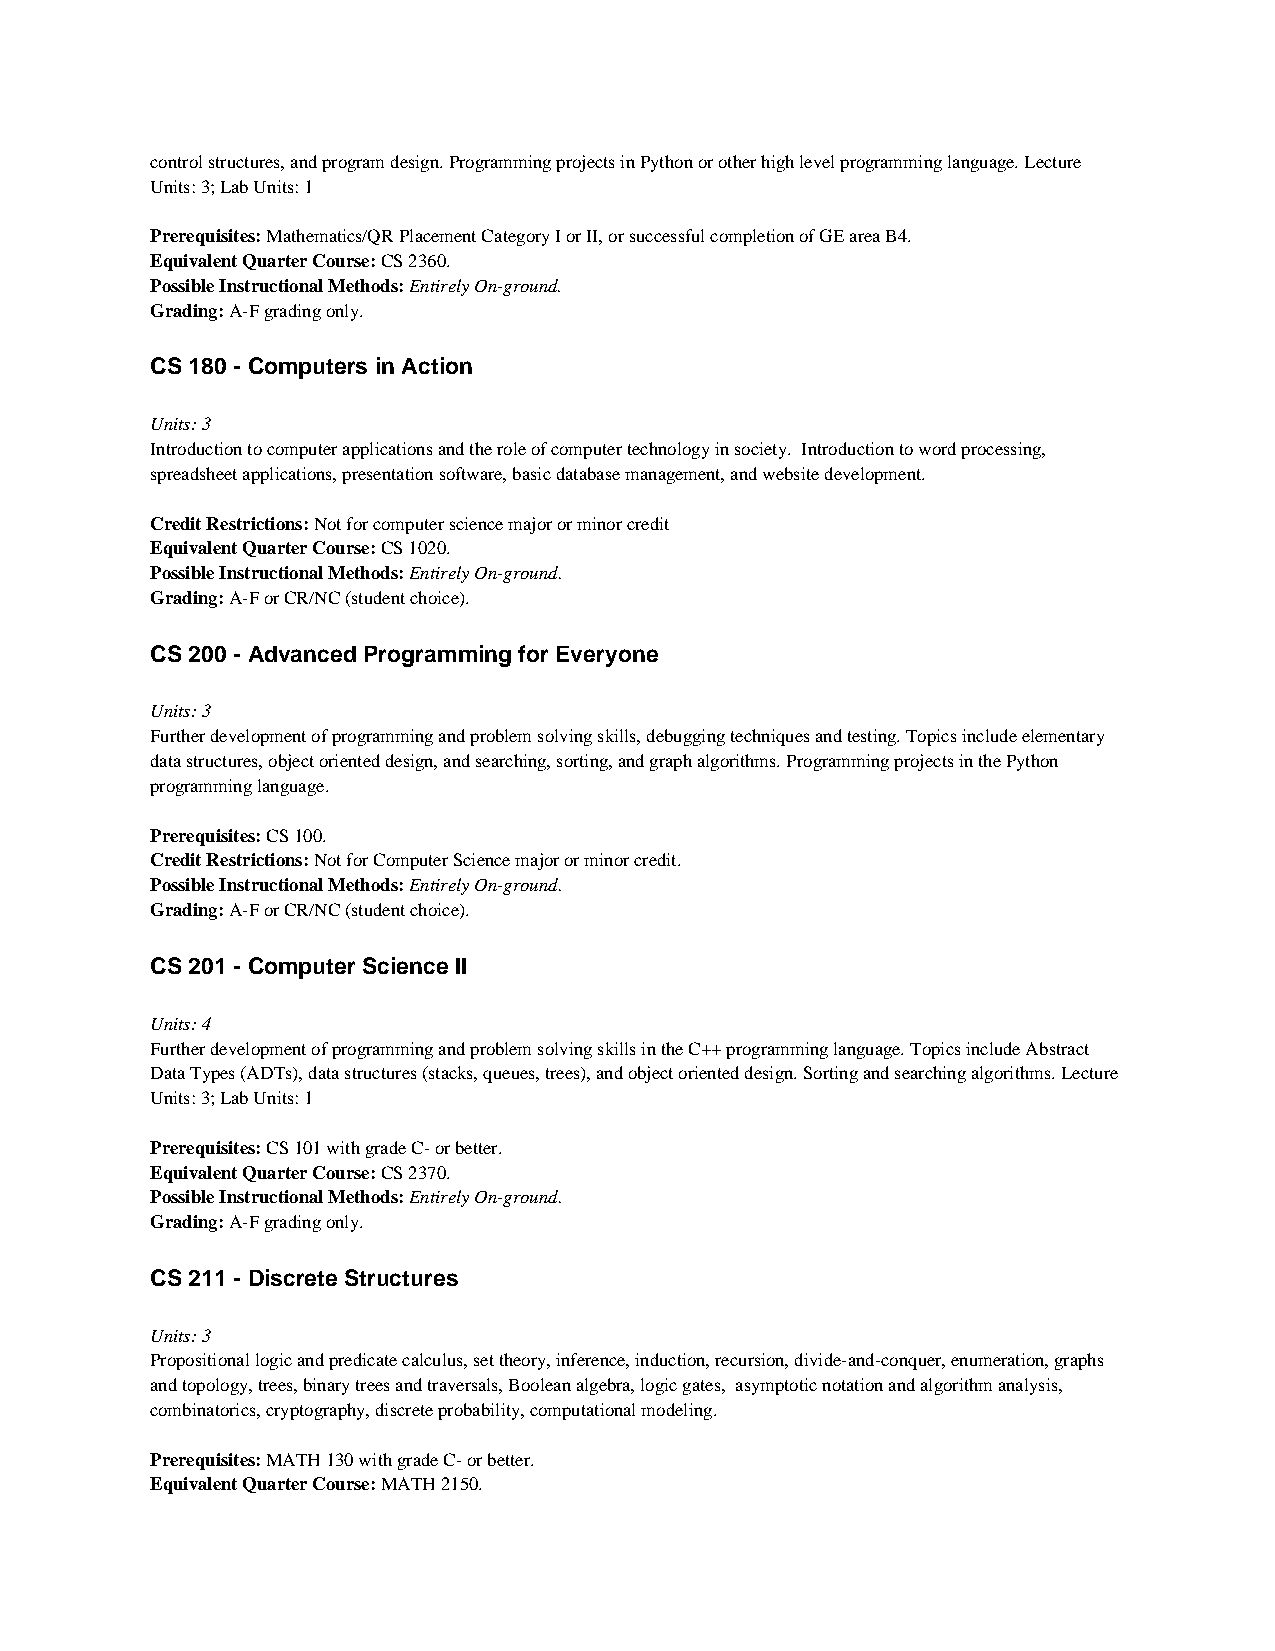
control structures, and program design. Programming projects in Python or other high level programming language. Lecture
 Units: 3; Lab Units: 1
 Prerequisites: Mathematics/QR Placement Category I or II, or successful completion of GE area B4.
 Equivalent Quarter Course: CS 2360.
 Possible Instructional Methods: Entirely On-ground.
 Grading: A-F grading only.
 CS 180 - Computers in Action
 Units: 3
 Introduction to computer applications and the role of computer technology in society. Introduction to word processing,
 spreadsheet applications, presentation software, basic database management, and website development.
 Credit Restrictions: Not for computer science major or minor credit
 Equivalent Quarter Course: CS 1020.
 Possible Instructional Methods: Entirely On-ground.
 Grading: A-F or CR/NC (student choice).
 CS 200 - Advanced Programming for Everyone
 Units: 3
 Further development of programming and problem solving skills, debugging techniques and testing. Topics include elementary
 data structures, object oriented design, and searching, sorting, and graph algorithms. Programming projects in the Python
 programming language.
 Prerequisites: CS 100.
 Credit Restrictions: Not for Computer Science major or minor credit.
 Possible Instructional Methods: Entirely On-ground.
 Grading: A-F or CR/NC (student choice).
 CS 201 - Computer Science II
 Units: 4
 Further development of programming and problem solving skills in the C++ programming language. Topics include Abstract
 Data Types (ADTs), data structures (stacks, queues, trees), and object oriented design. Sorting and searching algorithms. Lecture
 Units: 3; Lab Units: 1
 Prerequisites: CS 101 with grade C- or better.
 Equivalent Quarter Course: CS 2370.
 Possible Instructional Methods: Entirely On-ground.
 Grading: A-F grading only.
 CS 211 - Discrete Structures
 Units: 3
 Propositional logic and predicate calculus, set theory, inference, induction, recursion, divide-and-conquer, enumeration, graphs
 and topology, trees, binary trees and traversals, Boolean algebra, logic gates, asymptotic notation and algorithm analysis,
 combinatorics, cryptography, discrete probability, computational modeling.
 Prerequisites: MATH 130 with grade C- or better.
 Equivalent Quarter Course: MATH 2150.